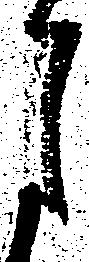
月